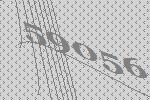
59056